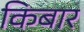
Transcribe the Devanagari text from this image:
किबार